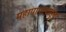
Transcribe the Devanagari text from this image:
महापापापासून